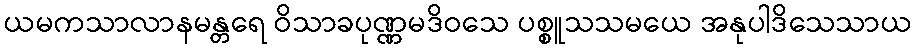
ယမကသာလာနမန္တရေ ဝိသာခပုဏ္ဏမဒိဝသေ ပစ္စူသသမယေ အနုပါဒိသေသာယ